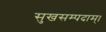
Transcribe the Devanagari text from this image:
सुखसम्पदाम्‌।